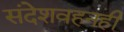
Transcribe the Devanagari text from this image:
संदेशवहनही